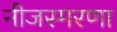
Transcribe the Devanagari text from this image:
नीजस्मरणा